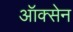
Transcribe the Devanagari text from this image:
ऑक्सेन